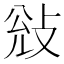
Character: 𭣭